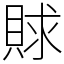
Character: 賕